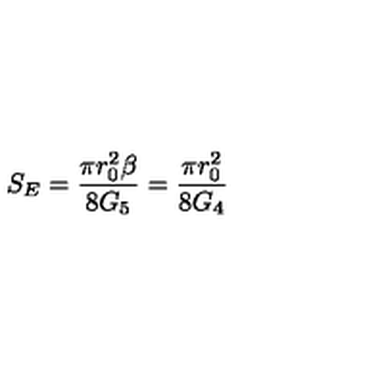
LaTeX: S _ { E } = \frac { \pi r _ { 0 } ^ { 2 } \beta } { 8 G _ { 5 } } = \frac { \pi r _ { 0 } ^ { 2 } } { 8 G _ { 4 } }